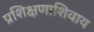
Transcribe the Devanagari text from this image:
प्रशिक्षणाशिवाय